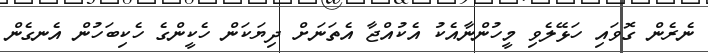
ނެރެން ގޮވައި ހަޅޭލެވި މީހުންނާއެކު އެކުއްޖާ އެތަނަށް ދިޔަކަން ހެކީންގެ ހެކިބަހުން އެނގެން